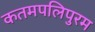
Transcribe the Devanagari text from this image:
कतमपलिपुरम